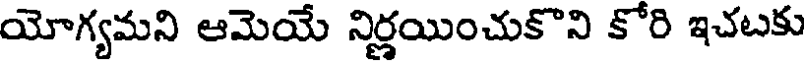
యోగ్యమని ఆమెయే నిర్ణయించుకొని కోరి ఇచటకు